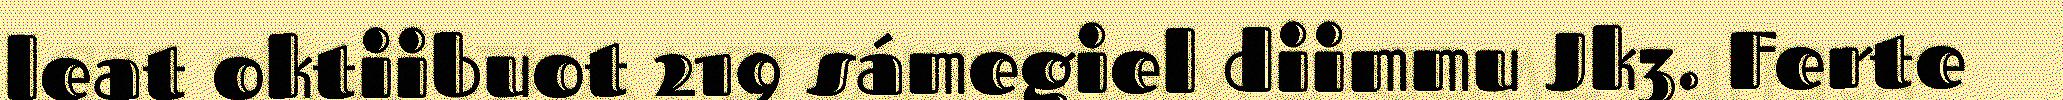
leat oktiibuot 219 sámegiel diimmu Jk3. Ferte